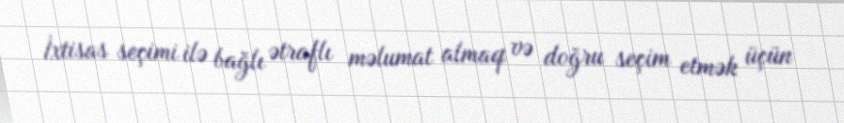
İxtisas seçimi ilə bağlı ətraflı məlumat almaq və doğru seçim etmək üçün